Sketch of the medical history of the native army of Bombay, for the year
Year: 1876
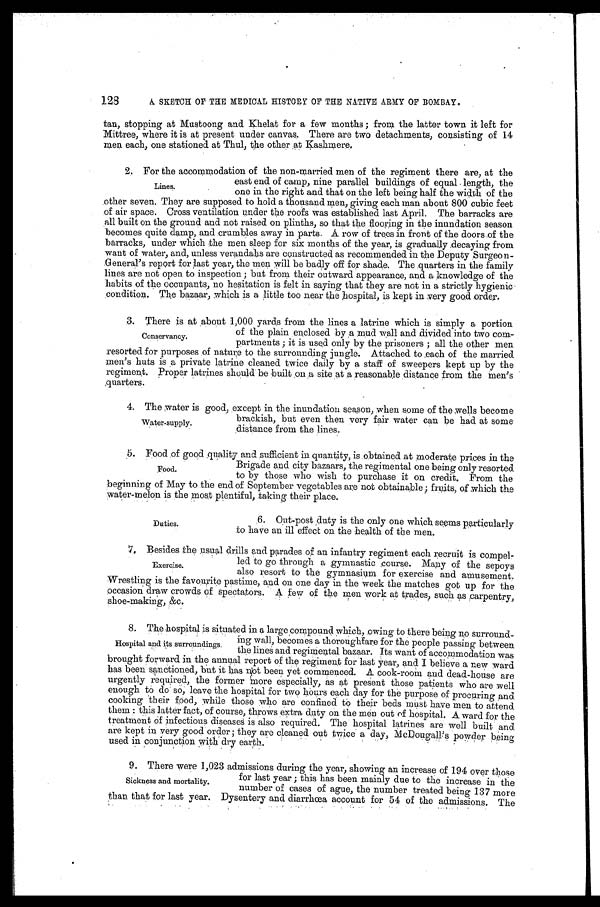
128
A. SKETCH OF THE MEDICAL HISTORY OF THE NATIVE ARMY OF BOMBAY.
tan, stopping at Mustoong and Khelat for a few months ; from the latter town it left for
Mittree, where it is at present under canvas. There are two detachments, consisting of 14
men each, one stationed. at Thul, the other at Kashmere.
2. For the accommodation of the non-married men of the regiment there are, at the
east end of camp, nine parallel buildings of equal . length, the
Lines.
• one in the right and that on the left being half the width of the
.other seven. They are supposed to hold a thousand men, giving each man about 800 cubic feet
of air space. Cross ventilation under the roofs was established last April. The barracks are
all built on the ground and not raised on plinths, so that the flooring in the inundation season
becomes quite damp, and crumbles away in parts. A row of trees in front of the doors of the
barracks, under which the men sleep for six months of the year, is .gradually .decaying from
want of water, and, unless verandas are constructed as recommended in the Deputy Surgeon-
- General's report for last year, the men will be badly off for shade. The quarters in the family
lines are not open to inspection ; but from their outward appearance, and a knowledge of the
habits of the occupants, no hesitation is felt in saying that they are not in a strictly hygienic
condition. The bazaar, which is a little too near the hospital, is kept in very good .order.
There is at about 1,000 yards from the lines a latrine which is simply a portion
of the plain enclosed by a mud wall and .divided into two corn.-
Conservancy.
partments ; it is used only by the prisoners ; all the other men
resorted for purposes of nature to the surrounding jungle. Attached to each of the married
men's huts is a private latrine cleaned twice daily by a staff of sweepers kept up by the
regiment. Proper latrines should he built on a site oat a reasonable ,distance from the ineu's
cluarters.
The water is good, except in the inundation season, when some of the wells become
.
pply
brackish, but even then very fair water can be had at some
Water-supply.
distance from the lines.
Food of good quality and sufficient in quantity, is .obtained .at moderate prices in the
Brigade and city bazaars, the regimental one being only resorted
Food.
to by these who wish to purchase it on credit. From the
beginning of May to the end of September vegetables are not obtainable ; fruits, of which the
water-melon is the most plentiful, taking their place.
.6. Out-post rluty is the only one which seems particularly
Duties.
to have an ill effect on the health of the men.
Besides the usual drills and parades of an infantry regiment each recruit is compel.
led to go through a gymnastic course. Many of the sepoys
Exercise.
also resort to the gymnasium for exercise and amusement.
Wrestling is the favourite pastime, and on one day in the week the matches got up for the
occasion draw crowds of spectators. few of the men work at trades, such as earpentry,
shoe-making, &c.
The hospital is situated in a large compound which, owing to there being no surround-
.
mg wall, becomes a thoroughfare for the people passing between
Hospital and its surroundings.
the lines and regimental bazaar. Its want of accommodation was
brought forward in the annual report of the regiment for last year, and I believe a new ward
has been sanctioned, but it has root been yet commenced. cook-room and dead-house are
urgently required, the former More especially, as at present those patients Who are well
enough to do' so, leave the hospital for two hours each day for the purpose of procuring and
cooking their food, while those who are confined to their beds mustve men to attend
them : this latter fact, of course, throws extra duty on the men out of hospital. A ward for the
treatment of infectious diseases is also required. The hospital latrines are well built and
are kept in very good order ; they are cleaned out twice a day, McDougall's powder being
used in conjunction with dry earth.
There were 1,023 admissions during the year, showing an increase of 194 over those
for last year ; this has been mainly due to the increase in the
Sickness and mortality.
number of cases of ague, the number treated being 137 more
than that for last year. Dysentery and diarrhoea account for 54 of the admissions. The